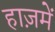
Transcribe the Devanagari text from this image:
हाज़में